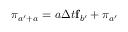
\boldsymbol { \pi } _ { a ^ { \prime } + a _ { } } = a _ { } \Delta t { } \mathbf { f } _ { b ^ { \prime } } + \boldsymbol { \pi } _ { a ^ { \prime } }